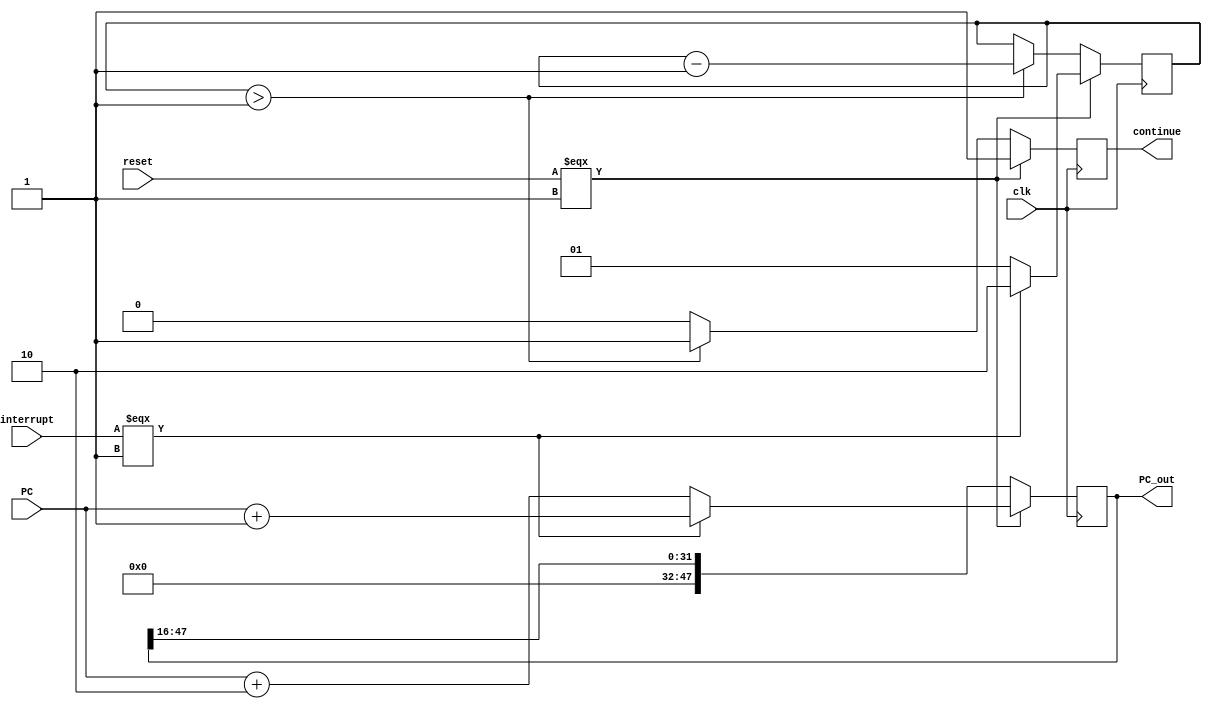
module HosnyCallStateMachine(clk,interrupt,PC,reset,PC_out,continue);
input clk,reset,interrupt;
input [47:0] PC;
output reg continue;
output reg [47:0] PC_out;

reg [1:0] count_state;

localparam count = 1'b1;

always @(negedge clk)begin

    // count_state = 2'b0;
    if(reset===1'b1)begin
        if(interrupt === 1'b1)begin
            count_state=2'b10;
            PC_out = PC+32'h0001;
        end else begin
            count_state=2'b01;
            PC_out = PC+32'h0002;
        end
        // count_state = count + interrupt;
        continue=1'b1;
    end else if(count_state > 2'b01) begin
        PC_out = PC_out >> 16;
        count_state=count_state-2'b01;
        continue=1'b1;
    end else begin
        PC_out = PC_out >> 16;
        continue=1'b0;
    end

end

endmodule